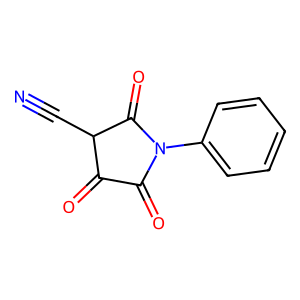
SMILES: N#CC1C(=O)C(=O)N(c2ccccc2)C1=O
Inhibits HIV replication: No